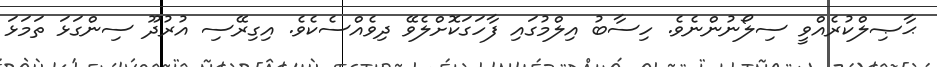
ޙާޞިލްކުރެއްވީ ސިލޯނުންނެވެ. ހިސާބު އިލްމުގައި ފާހަގަކޮށްލެވޭ ދިވެއްސެކެވެ. އިގިރޭސި އުރުދޫ ސިންގަޅަ ތަމަޅަ